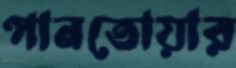
পানতোয়ার